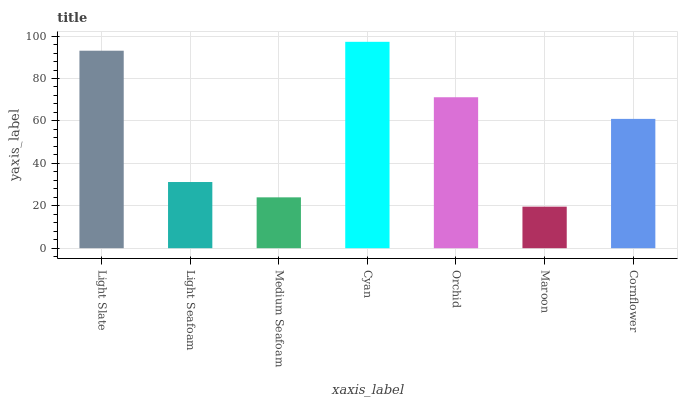
| xaxis_label | bars |
 | --- | --- |
 | Light Slate | 93.1 |
 | Light Seafoam | 31.2 |
 | Medium Seafoam | 24 |
 | Cyan | 97.3 |
 | Orchid | 71.2 |
 | Maroon | 19.6 |
 | Cornflower | 61 |